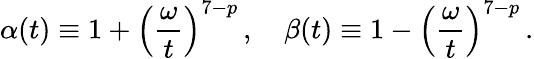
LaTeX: \alpha(t)\equiv 1+\left({\frac{\omega}{t}}\right)^{7-p}\, ,\quad\beta(t)\equiv 1-\left({\frac{\omega}{t}}\right)^{7-p}\, .